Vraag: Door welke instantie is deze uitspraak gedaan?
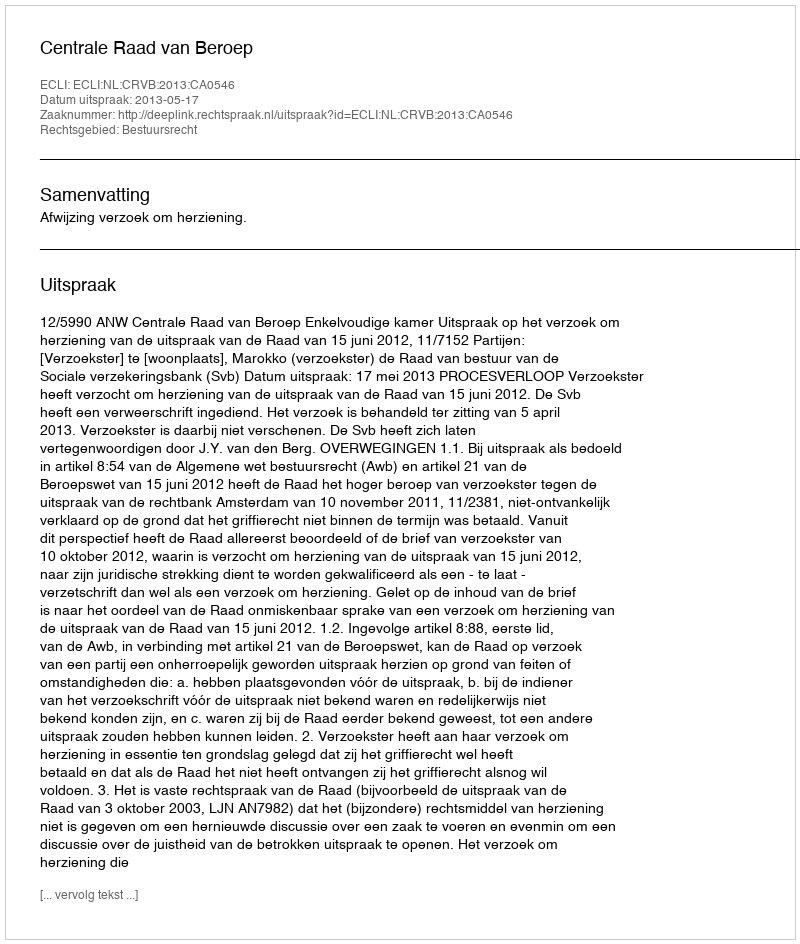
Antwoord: Centrale Raad van Beroep